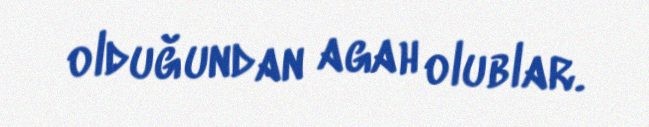
olduğundan agah olublar.